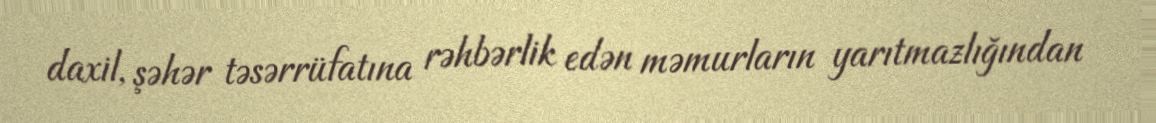
daxil, şəhər təsərrüfatına rəhbərlik edən məmurların yarıtmazlığından